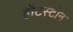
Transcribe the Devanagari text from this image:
हॉटस्टोन